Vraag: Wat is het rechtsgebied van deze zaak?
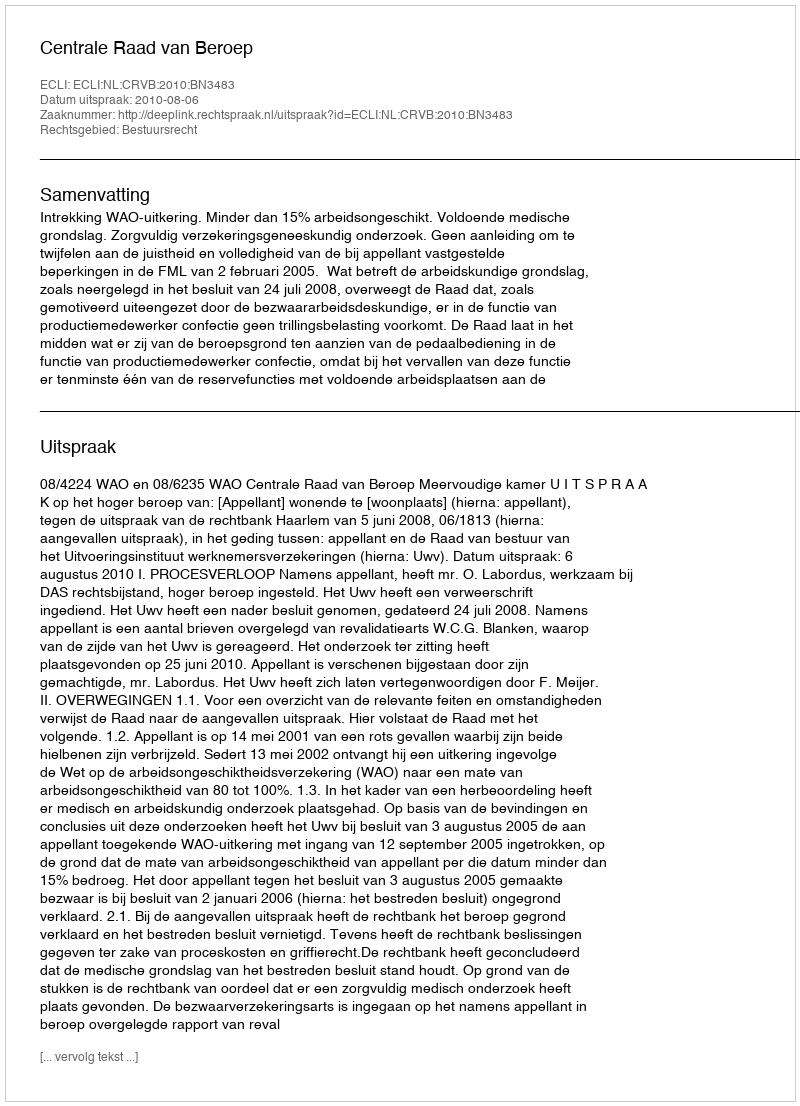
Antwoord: Bestuursrecht